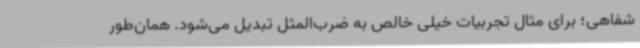
شفاهی؛ برای مثال تجربیات خیلی خالص به ضرب‌المثل تبدیل می‌شود. همان‌طور